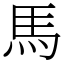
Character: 馬